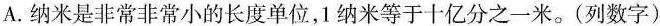
A. 纳米是非常非常小的长度单位，1 纳米等于十亿分之一米。(列数字)